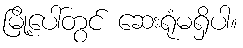
မြို့ပေါ်တွင် ဆေးရုံမရှိပါ။